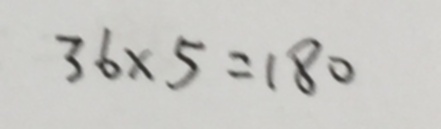
3 6 \times 5 = 1 8 0